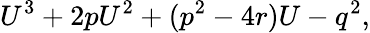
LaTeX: U^{3}+2pU^{2}+(p^{2}-4r)U-q^{2},